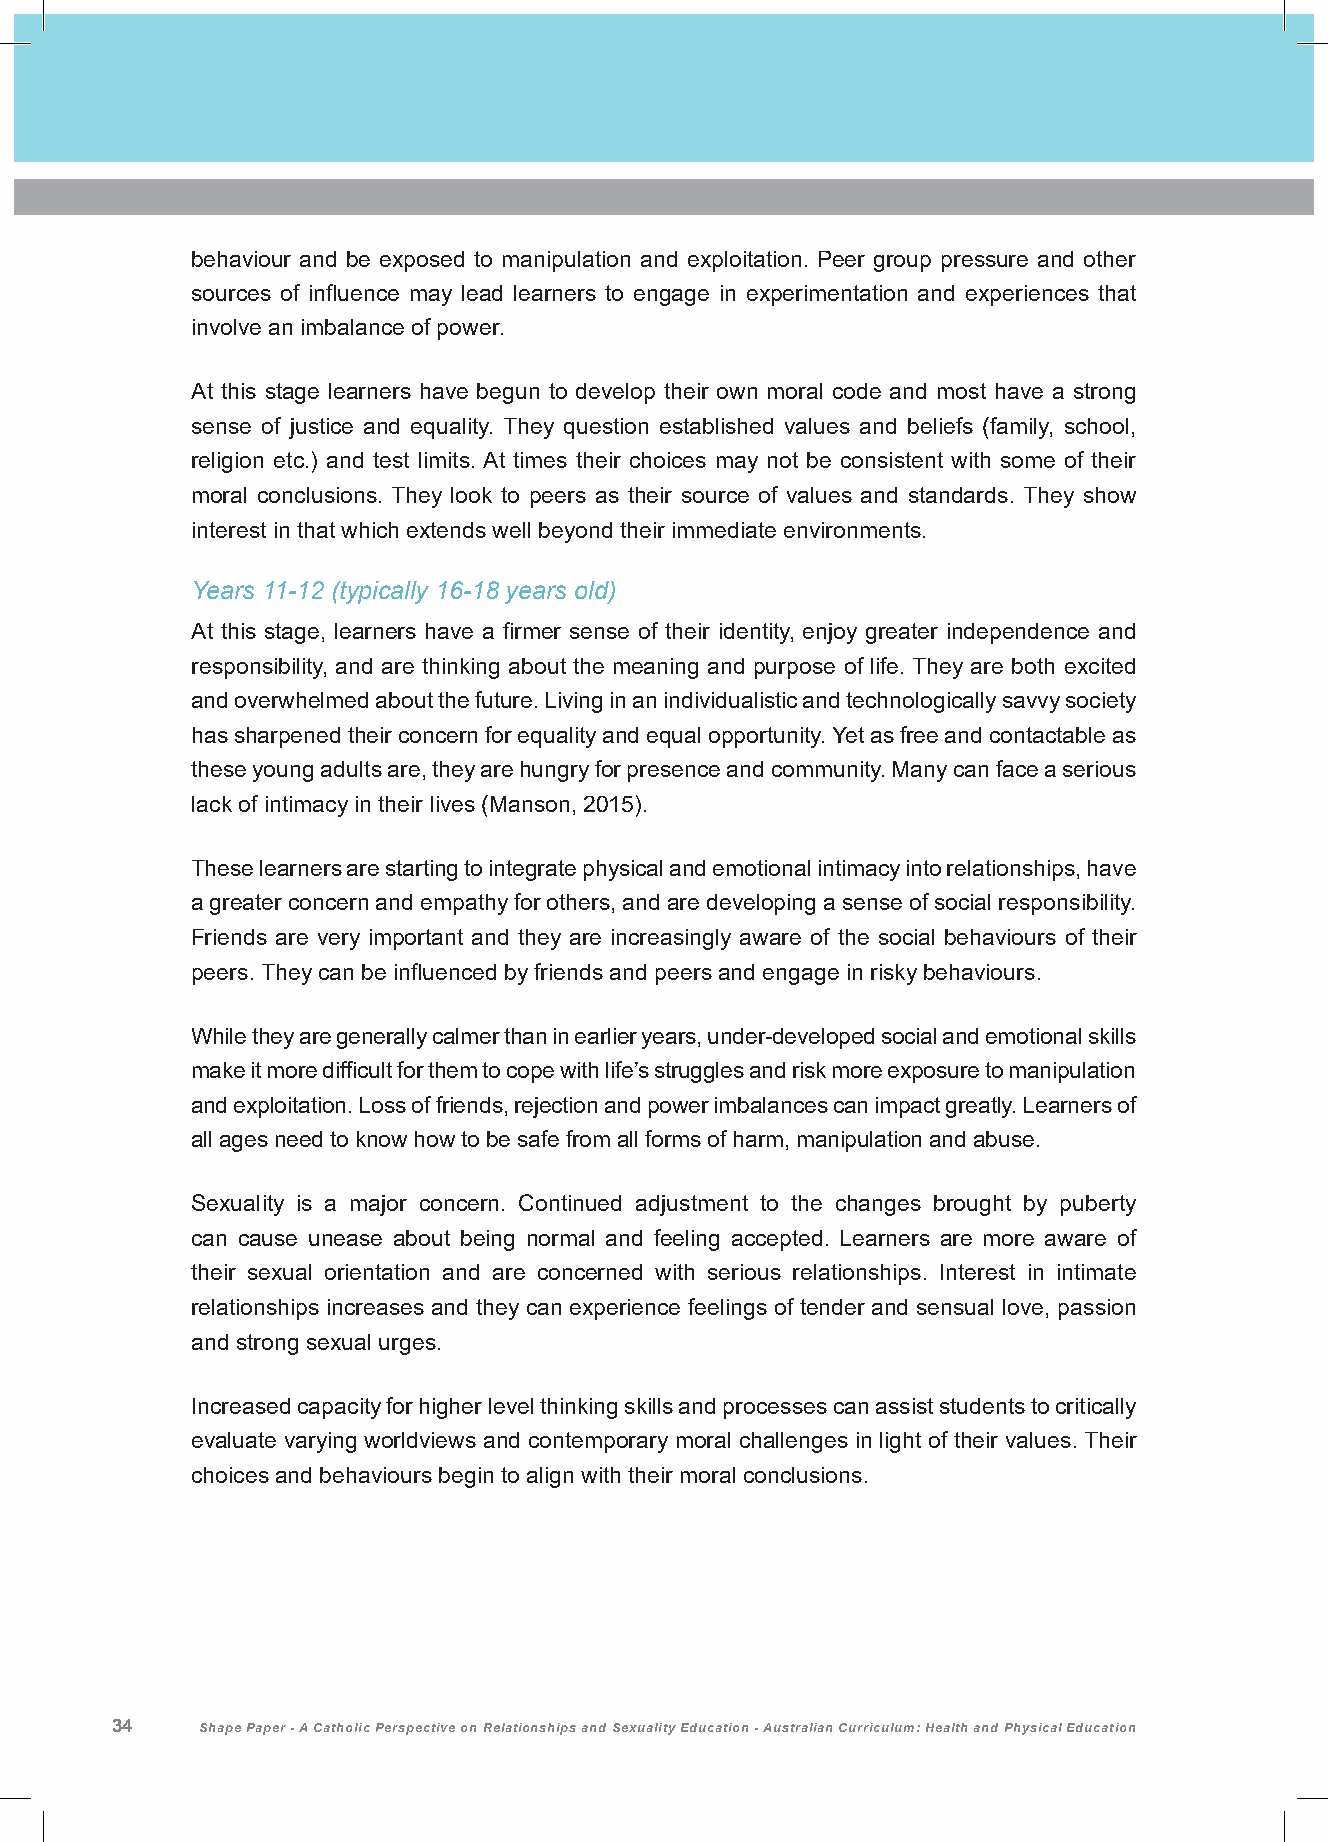
behaviour and be exposed to manipulation and exploitation. Peer group pressure and other
 sources of influence may lead learners to engage in experimentation and experiences that
 involve an imbalance of power.
 At this stage learners have begun to develop their own moral code and most have a strong
 sense of justice and equality. They question established values and beliefs (family, school,
 religion etc.) and test limits. At times their choices may not be consistent with some of their
 moral conclusions. They look to peers as their source of values and standards. They show
 interest in that which extends well beyond their immediate environments.
 Years 11-12 (typically 16-18 years old)
 At this stage, learners have a firmer sense of their identity, enjoy greater independence and
 responsibility, and are thinking about the meaning and purpose of life. They are both excited
 and overwhelmed about the future. Living in an individualistic and technologically savvy society
 has sharpened their concern for equality and equal opportunity. Yet as free and contactable as
 these young adults are, they are hungry for presence and community. Many can face a serious
 lack of intimacy in their lives (Manson, 2015).
 These learners are starting to integrate physical and emotional intimacy into relationships, have
 a greater concern and empathy for others, and are developing a sense of social responsibility.
 Friends are very important and they are increasingly aware of the social behaviours of their
 peers. They can be influenced by friends and peers and engage in risky behaviours.
 While they are generally calmer than in earlier years, under-developed social and emotional skills
 make it more difficult for them to cope with life’s struggles and risk more exposure to manipulation
 and exploitation. Loss of friends, rejection and power imbalances can impact greatly. Learners of
 all ages need to know how to be safe from all forms of harm, manipulation and abuse.
 Sexuality is a major concern. Continued adjustment to the changes brought by puberty
 can cause unease about being normal and feeling accepted. Learners are more aware of
 their sexual orientation and are concerned with serious relationships. Interest in intimate
 relationships increases and they can experience feelings of tender and sensual love, passion
 and strong sexual urges.
 Increased capacity for higher level thinking skills and processes can assist students to critically
 evaluate varying worldviews and contemporary moral challenges in light of their values. Their
 choices and behaviours begin to align with their moral conclusions.
 34    Shape Paper - A Catholic Perspective on Relationships and Sexuality Education - Australian Curriculum: Health and Physical Education